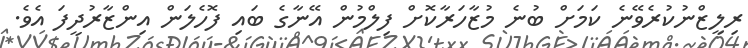
ރިލީޒްނުކުރެވޭނެ ކަމަށް ބުނެ މުޒާހަރާކޮށް ފިލްމުން އޭނާގެ ބައި ފޮހެލަން އިންޒާރުދީފަ އެވެ.